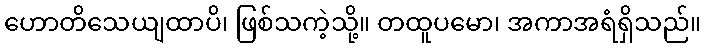
ဟောတိသေယျထာပိ၊ ဖြစ်သကဲ့သို့။ တထူပမော၊ အကာအရံရှိသည်။